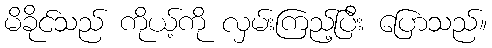
မိခိုင်သည် ကိုယ့်ကို လှမ်းကြည့်ပြီး ပြောသည်။